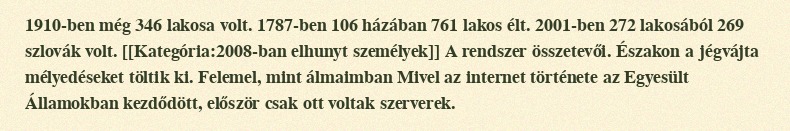
1910-ben még 346 lakosa volt. 1787-ben 106 házában 761 lakos élt. 2001-ben 272 lakosából 269 szlovák volt. [[Kategória:2008-ban elhunyt személyek]] A rendszer összetevői. Északon a jégvájta mélyedéseket töltik ki. Felemel, mint álmaimban Mivel az internet története az Egyesült Államokban kezdődött, először csak ott voltak szerverek.